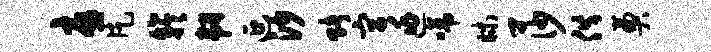
忧片竽韧延沙赌宫逃啼昧莎供奠